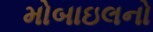
મોબાઇલનો